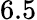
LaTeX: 6.5